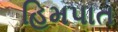
હિમપાત